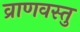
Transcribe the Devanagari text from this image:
व्राणवस्तु